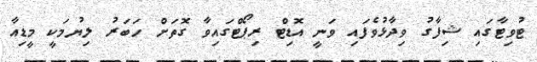
ޓުވިޓާގައި ޝިފާގު ވިދާޅުވެފައި ވަނީ އޮޑިޓް ރިޕޯޓްގައިވާ ގޮތަށް ހަބަރު ލިޔުމަކީ މީޑިއާ